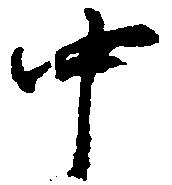
中